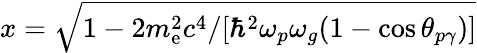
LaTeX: x=\sqrt{1-2m_{\mathrm{e}}^{2}c^{4}/[\hbar^{2}\omega_{p}\omega_{g}(1-\cos\theta_{p\gamma})]}